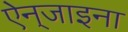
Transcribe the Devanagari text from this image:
ऐन्‌जाइना